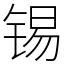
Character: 锡